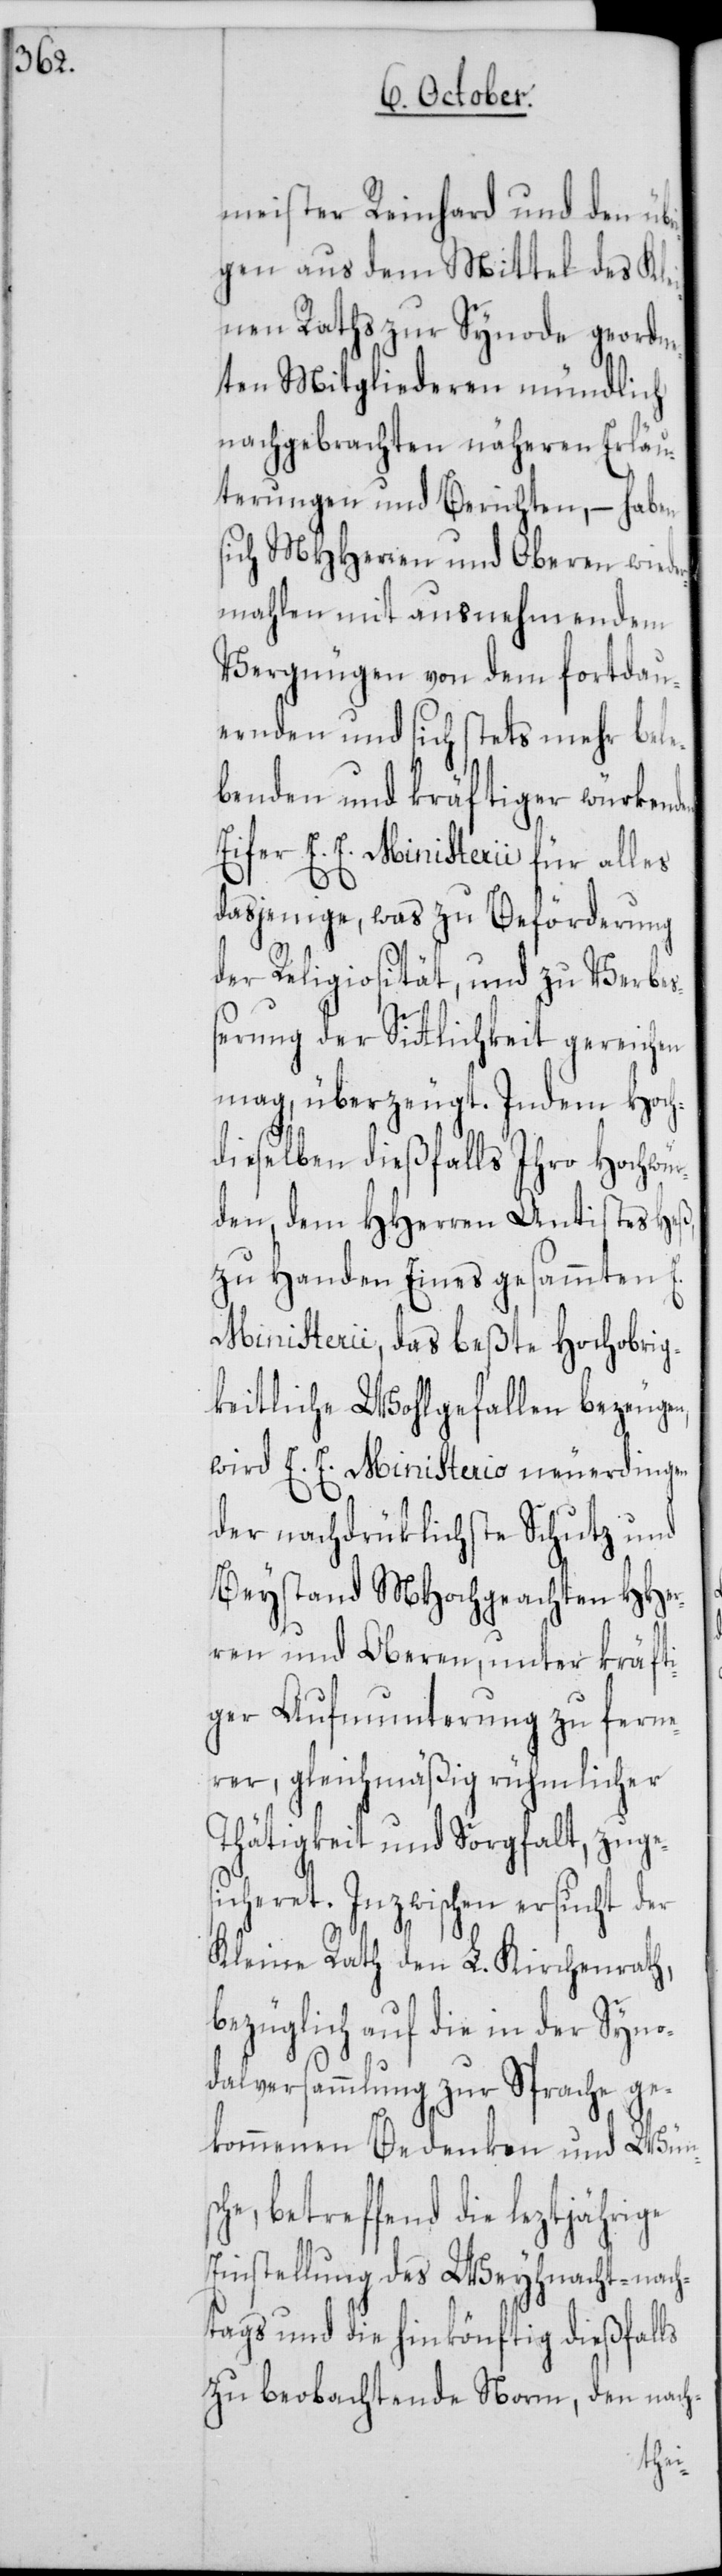
meister Reinhard und den übr¬
igen aus dem Mittel des Kle¬
inen Raths zur Synode geordne¬
ten Mitgliederen mündlich
nachgebrachten näheren Erläu¬
terungen und Berichten, – haben
sich MHHerren und Oberen wiede¬
rmahlen mit ausnehmendem
Vergnügen von dem fortdau¬
ernden und sich stets mehr bel¬
ebenden und kräftiger würkenden
Eifer E. E. Ministerii für alles
dasjenige, was zu Beförderung
der Religiosität, und zu Verbe¬
ßerung der Sittlichkeit gereichen
mag, überzeugt. Indem Hoch¬
dieselben dießfalls Ihro Hochwü¬
rden, dem HHerren Antistes
zu Handen Eines gesammten
Ministerii, das beßte Hochobrig¬
keitliche Wohlgefallen bezeugen,
wird E. E. Ministerio neuerdingen
der nachdrüklichste Schutz und
Beystand MHochgeachten HHer¬
ren und Oberen, unter kräft¬
iger Aufmunterung zu ferne¬
rer, gleichmäßig rühmlicher
Thätigkeit und Sorgfalt, zuges¬
icheret. Inzwischen ersucht der
Kleine Rath den L. Kirchenrath,
bezüglich auf die in der Syno¬
dalversammlung zur Sprache ge¬
kommenen Bedenken und Wün¬
e, betreffend die leztjährige
Einstellung des Weyhnacht-nach¬
tags und die hinkönftig dießfalls
zu beobachtende Norm, den nach-
sch¬